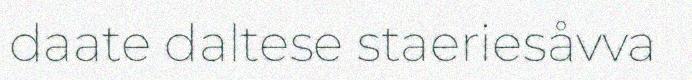
daate daltese staeriesåvva